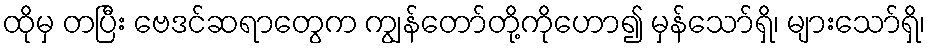
ထိုမှ တပြီး ဗေဒင်ဆရာတွေက ကျွန်တော်တို့ကိုဟော၍ မှန်သော်ရှိ၊ များသော်ရှိ၊